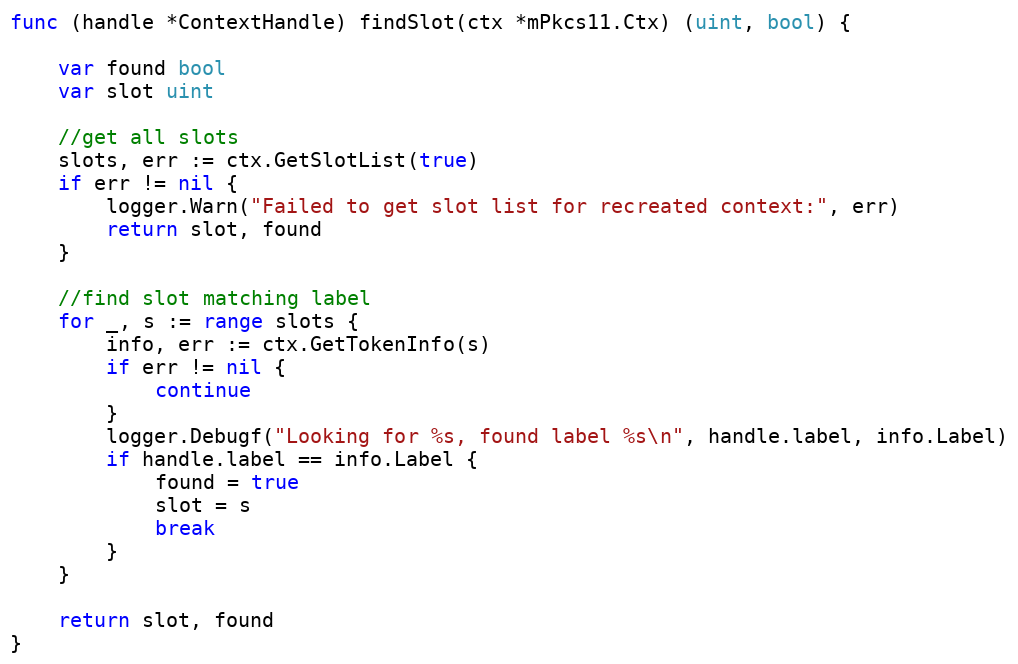
Language: Go
func (handle *ContextHandle) findSlot(ctx *mPkcs11.Ctx) (uint, bool) {

	var found bool
	var slot uint

	//get all slots
	slots, err := ctx.GetSlotList(true)
	if err != nil {
		logger.Warn("Failed to get slot list for recreated context:", err)
		return slot, found
	}

	//find slot matching label
	for _, s := range slots {
		info, err := ctx.GetTokenInfo(s)
		if err != nil {
			continue
		}
		logger.Debugf("Looking for %s, found label %s\n", handle.label, info.Label)
		if handle.label == info.Label {
			found = true
			slot = s
			break
		}
	}

	return slot, found
}